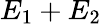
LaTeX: E_{1}+E_{2}